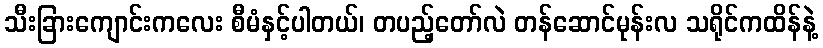
သီးခြားကျောင်းကလေး စီမံနှင့်ပါတယ်၊ တပည့်တော်လဲ တန်ဆောင်မုန်းလ သရိုင်ကထိန်နဲ့